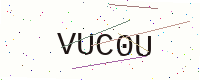
Text: VUC0U